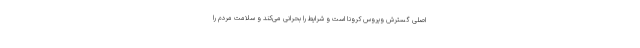
اصلی گسترش ویروس کرونا است و شرایط را بحرانی می‌کند و سلامت مردم را